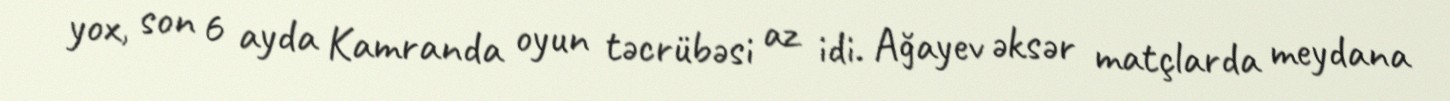
yox, son 6 ayda Kamranda oyun təcrübəsi az idi. Ağayev əksər matçlarda meydana